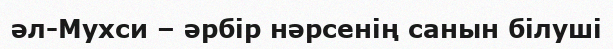
әл-Мухси – әрбір нәрсенің санын білуші